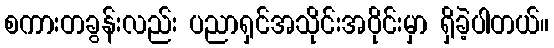
စကားတခွန်းလည်း ပညာရှင်အသိုင်းအဝိုင်းမှာ ရှိခဲ့ပါတယ်။